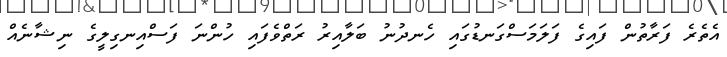
އެތެރެ ފަރާތުން ފައިގެ ފަލަމަސްގަނޑުގައި ހެނދުނު ބަލާއިރު ރަތްވެފައި ހުންނަ ފަސްއިނގިލީގެ ނިޝާނެއް